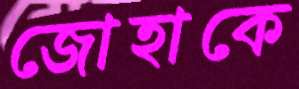
জোহাকে